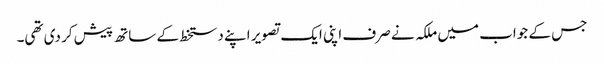
جس کے جواب میں ملکہ نے صرف اپنی ایک تصویر اپنے دستخط کے ساتھ پیش کر دی تھی۔